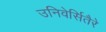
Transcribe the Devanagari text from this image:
उनिवेर्सितैरे